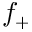
f _ { + }